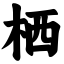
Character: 栖